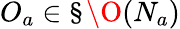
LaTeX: O_{a}\in\S\O(N_{a})